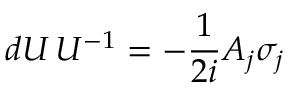
d U \, U ^ { - 1 } = - { \frac { 1 } { 2 i } } A _ { j } \sigma _ { j }